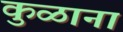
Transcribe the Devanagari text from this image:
कुळाना